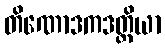
တိဏောဒကဒတ္တိယာ